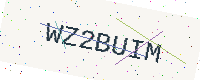
Text: WZ2BUIM